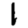
Digit: 1